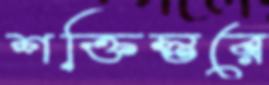
শক্তিস্তরে